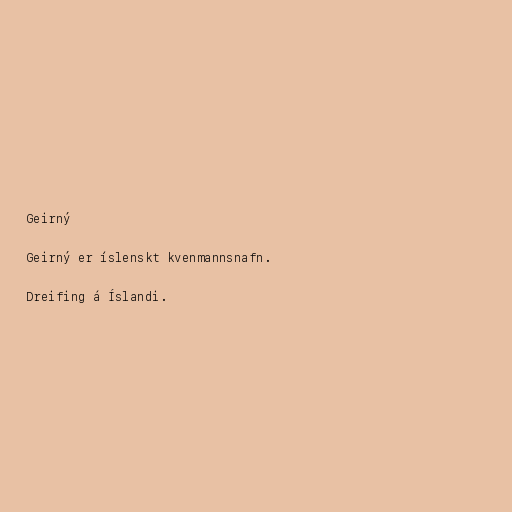
Geirný

Geirný er íslenskt kvenmannsnafn.

Dreifing á Íslandi.